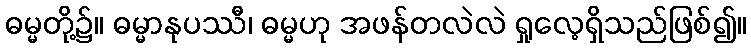
ဓမ္မတို့၌။ ဓမ္မာနုပဿီ၊ ဓမ္မဟု အဖန်တလဲလဲ ရှုလေ့ရှိသည်ဖြစ်၍။